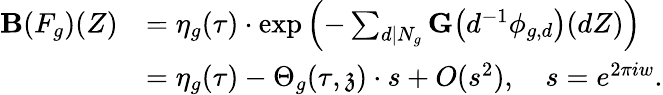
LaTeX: \begin{array}{rl}{\mathbf{B}(F_{g})(Z)}&{=\eta_{g}(\tau)\cdot\exp\left(-\sum_{d|N_{g}}\mathbf{G}\big(d^{-1}\phi_{g,d}\big)(dZ)\right)}\\ &{=\eta_{g}(\tau)-\Theta_{g}(\tau,\mathfrak{z})\cdot s+O(s^{2}),\quad s=e^{2\pi iw}.}\end{array}